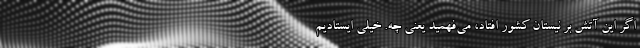
اگر این آتش بر نیستان کشور افتاد، می‌فهمید یعنی چه. خیلی ایستادیم